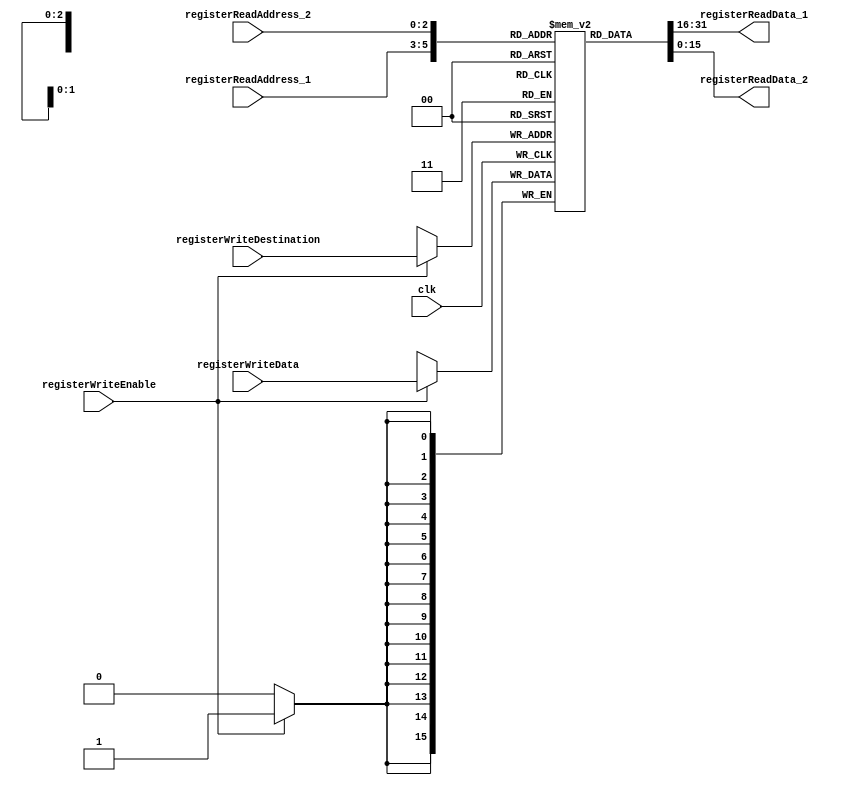
// Code for general purpose register file.

`timescale 1ns / 1ps

module GPRs(
 input clk, // Clock.
 // write port.
 input    registerWriteEnable, // Will determine if register will write or not.
 input  [2:0] registerWriteDestination, // Destination address of write operation.
 input  [15:0] registerWriteData, // Data to be written to the register.
 //read port 1.
 input  [2:0] registerReadAddress_1, // Address for read port 1.
 output  [15:0] registerReadData_1, // Data output of read port 1.
 //read port 2.
 input  [2:0] registerReadAddress_2, // Address for read port 2.
 output  [15:0] registerReadData_2 // Data output of read port 2.
);
 reg [15:0] registerArray [7:0]; // Register array of 8 registers, each of 16-bits.
 integer x; // Integer x for for loop.
 // write port.
 //reg [2:0] i;
 initial begin
  for(x=0;x<8;x=x+1)
   registerArray[x] <= 16'd0; // Initialization of all registers to zero.
 end
 always @ (posedge clk ) begin
   if(registerWriteEnable) begin // If write enable of register is enabled, run the following code.
    registerArray[registerWriteDestination] <= registerWriteData; // Write the data to the write destination on the register array.
   end
 end
 

 assign registerReadData_1 = registerArray[registerReadAddress_1]; // Output the data from the register file at the address specified registerReadAddress_1.
 assign registerReadData_2 = registerArray[registerReadAddress_2]; // Output the data from the register file at the address specified registerReadAddress_2.


endmodule